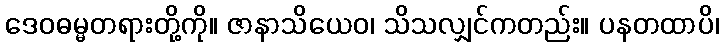
ဒေဝဓမ္မတရားတို့ကို။ ဇာနာသိယေဝ၊ သိသလျှင်ကတည်း။ ပနတထာပိ၊